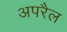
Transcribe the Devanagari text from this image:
अपरैल